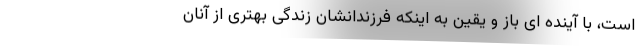
است، با آینده ای باز و یقین به اینکه فرزندانشان زندگی بهتری از آنان